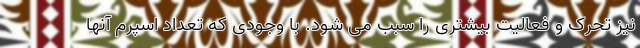
نیز تحرک و فعالیت بیشتری را سبب می شود. با وجودی که تعداد اسپرم آنها